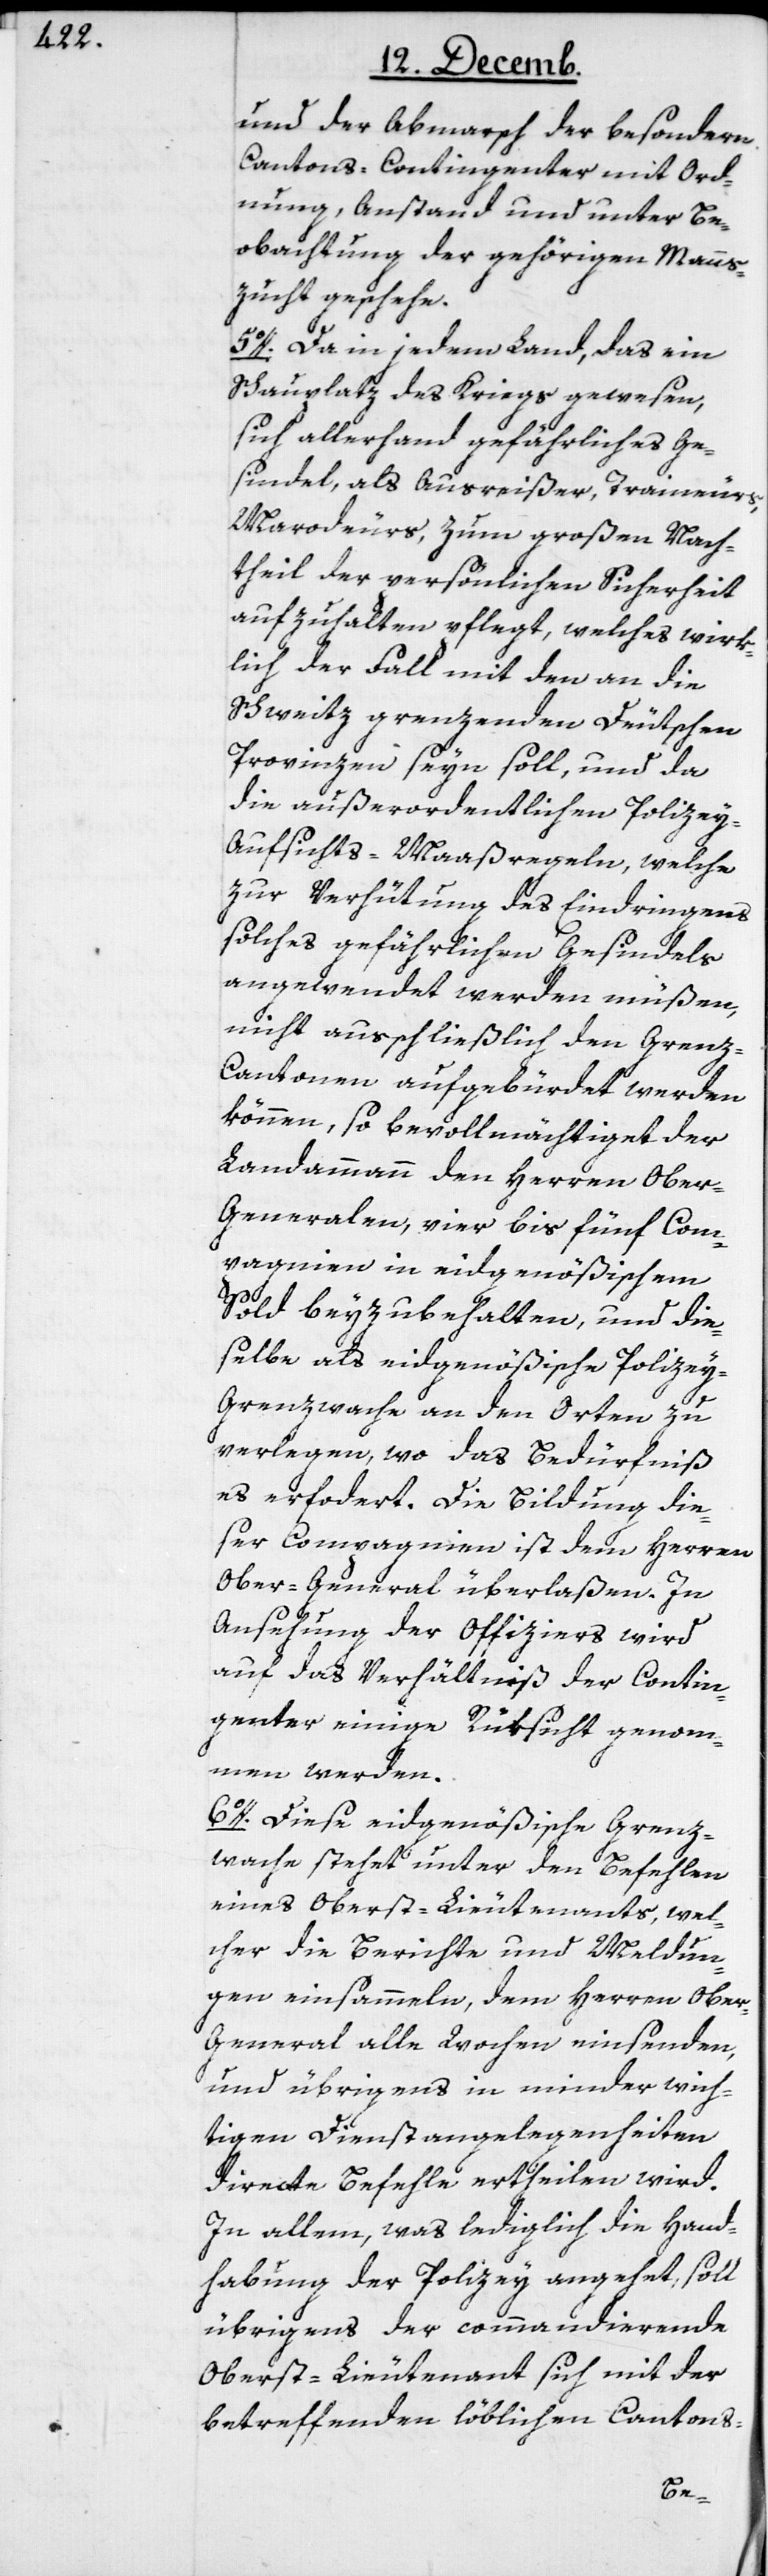
und der Abmarsch der besondern
Cantons-Contingenter mit Ord¬
nung, Anstand und unter Be¬
obachtung der gehörigen Manns¬
zucht geschehe.
5o. Da in jedem Land, das ein
Schauplatz des Kriegs gewesen,
sich allerhand gefährliches Ge¬
sindel, als Ausreißer, Traineurs,
Marodeurs, zum großen Nach¬
theil der persönlichen Sicherheit
aufzuhalten pflegt, welches wirk¬
lich der Fall mit den an die
Schweitz grenzenden Deutschen
Provinzen seyn soll, und da
die außerordentlichen Polizey-A¬
ufsichts-Maaßregeln, welche
zur Verhütung des Eindringens
solches gefährlichen Gesindels
angewendet werden müßen,
nicht ausschließlich den Gren¬
z-Cantonen aufgebürdet werden
können, so bevollmächtiget der
Landammann den Herren Ober¬
generalen, vier bis fünf Com¬
pagnien in eidgenößischem
Sold beyzubehalten, und die¬
selbe als eidgenößische Polizey-G¬
renzwache an den Orten zu
verlegen, wo das Bedürfniß
es erfordert. Die Bildung die¬
ser Compagnien ist dem Herren
Ober-General überlaßen. In
Ansehung der Officiers wird
auf das Verhältniß der Contin¬
genter einige Rüksicht genom¬
men werden.
6o. Diese eidgenößische Grenz¬
wache stehet unter den Befehlen
eines Oberstleutenants, wel¬
cher die Berichte und Meldun¬
gen einsammeln, dem Herren Obe¬
r-General alle Wochen einsenden,
und übrigens in minder wich¬
tigen Dienstangelegenheiten
directe Befehle ertheilen wird.
In allem, was lediglich die Hand¬
habung der Polizey angeht, soll
übrigens der commandierende
Oberst-Lieutenant sich mit der
betreffenden löblichen Cantons-